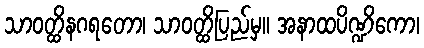
သာဝတ္ထိနဂရတော၊ သာဝတ္ထိပြည်မှ။ အနာထပိဏ္ဍိကော၊